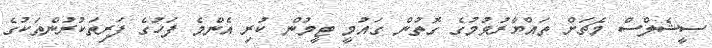
ސީޝެލްސް މެޗަށް ތައްޔާރުވުމުގެ ގޮތުން ގައުމީ ޓީމުން ކުރި އެންމެ ފަހުގެ ފަރިތަކުރުންތަކުގެ